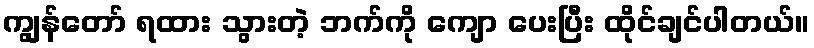
ကျွန်တော် ရထား သွားတဲ့ ဘက်ကို ကျော ပေးပြီး ထိုင်ချင်ပါတယ်။